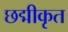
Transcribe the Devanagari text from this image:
छद्मीकृत